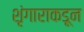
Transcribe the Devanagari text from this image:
शृंगाराकडून